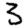
Digit: 3